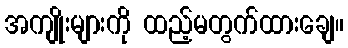
အကျိုးများကို ထည့်မတွက်ထားချေ။